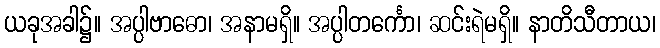
ယခုအခါ၌။ အပ္ပါဗာဓော၊ အနာမရှိ။ အပ္ပါတင်္ကော၊ ဆင်းရဲမရှိ။ နာတိသီတာယ၊